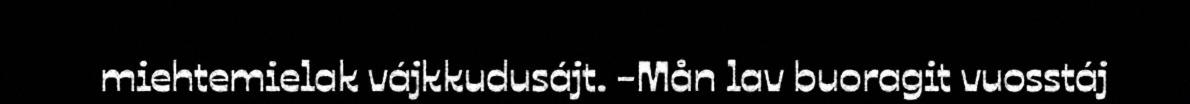
miehtemielak vájkkudusájt. -Mån lav buoragit vuosstáj